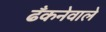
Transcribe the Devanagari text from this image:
ढँकनेवाले